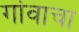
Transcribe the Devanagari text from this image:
गांवाचा